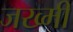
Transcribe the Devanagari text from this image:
जख्मीं